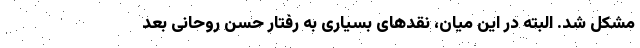
مشکل شد. البته در این میان، نقدهای بسیاری به رفتار حسن روحانی بعد